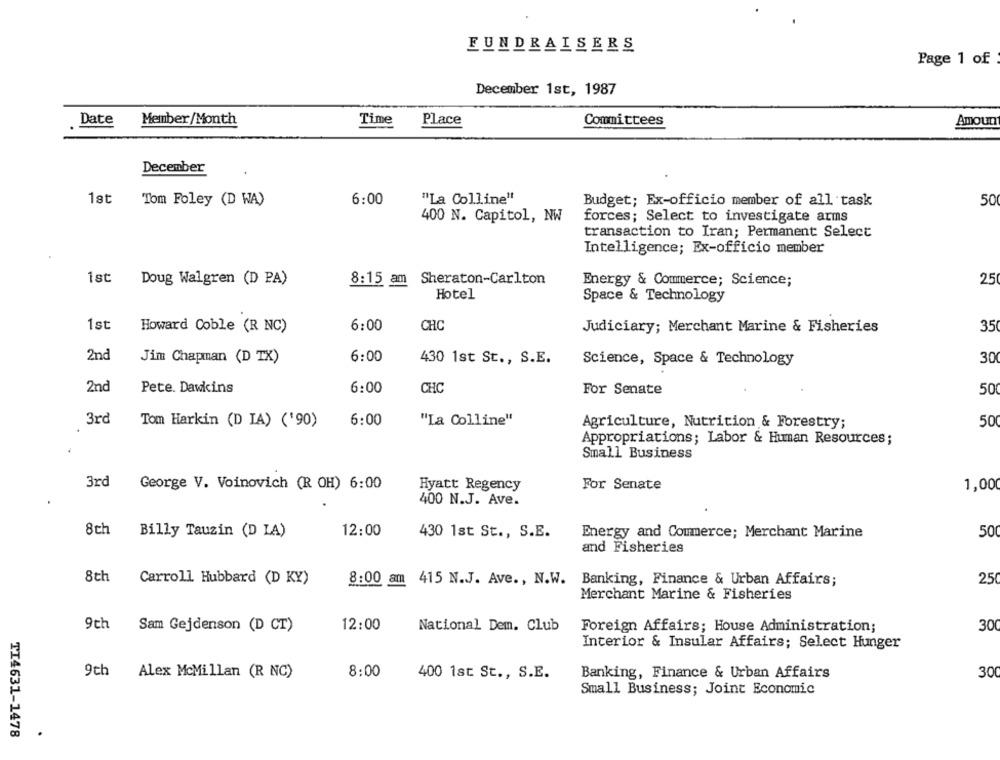
FUNDRAISERS
Page 1 of
December 1st, 1987
Date
Member/Month
Time
Place
Committees
Amoun
December
1st
Tom Foley (D WA)
6:00
"La Colline"
Budget; Ex-officio member of all task
50
400 N. Capitol, NW
forces; Select to investigate arms
transaction to Iran; Permanent Select
Intelligence; Ex-officio member
1st
Doug Walgren (D PA)
8:15 am Sheraton-Carlton
25
Energy & Commerce; Science;
Hotel
Space & Technology
1st
6:00
CHC
35
Howard Coble (R NC)
Judiciary; Merchant Marine & Fisheries
2nd
6:00
Jim Chapman (D TX)
430 1st St ., S.E.
Science, Space & Technology
30
2nd
Pete. Dawkins
6:00
CHC
For Senate
50
3rd
Tom Harkin (D IA) ('90)
6:00
"La Colline"
Agriculture, Nutrition & Forestry;
50
Appropriations; Labor & Human Resources;
Small Business
3rd
George V. Voinovich (R OH) 6:00
Hyatt Regency
For Senate
1,00
400 N.J. Ave.
8th
12:00
430 1st St ., S.E.
Billy Tauzin (D LA)
Energy and Commerce; Merchant Marine
50
and Fisheries
8th
Carroll Hubbard (D KY)
8:00 am 415 N.J. Ave ., N.W. Banking, Finance & Urban Affairs;
25
Merchant Marine & Fisheries
9th
Sam Gejdenson (D CT)
12:00
National Dem. Club
Foreign Affairs; House Administration;
30
Interior & Insular Affairs; Select Hunger
9th
Alex McMillan (R NC)
8:00
400 1st St ., S.E.
Banking, Finance & Urban Affairs
30
Small Business; Joint Economic
TI4631-1478
.